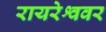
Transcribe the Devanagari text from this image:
रायरेश्ववर